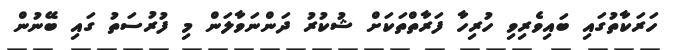
ހަރަކާތުގައި ބައިވެރިވި ހުރިހާ ފަރާތްތަކަށް ޝުކުރު ދަންނަވާލަން މި ފުރުސަތު ގައި ބޭނުން